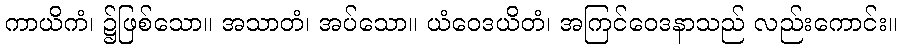
ကာယိကံ၊ ၌ဖြစ်သော။ အသာတံ၊ အပ်သော။ ယံဝေဒယိတံ၊ အကြင်ဝေဒနာသည် လည်းကောင်း။